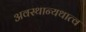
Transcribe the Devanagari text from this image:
अवस्थान्यथात्व